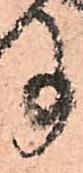
事